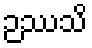
ဉဿသိ